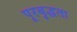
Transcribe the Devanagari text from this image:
पूरबुद्धता